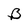
Character: B